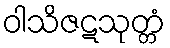
ဝါသိဇဋသုတ္တံ